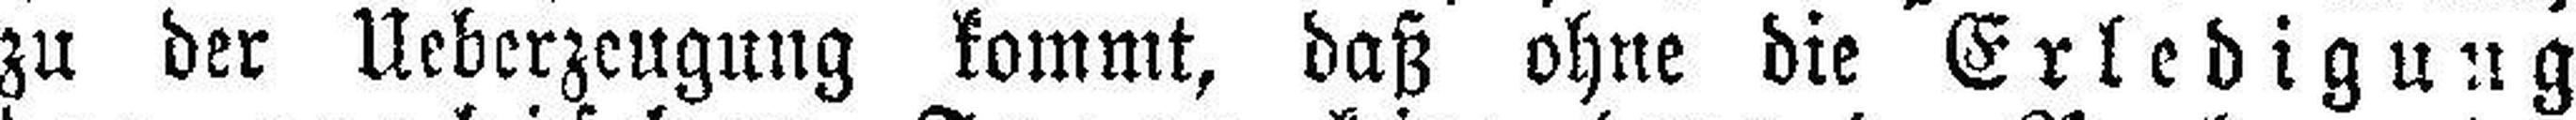
zu der Ueberzeugung kommt, daß ohne die Erledigung